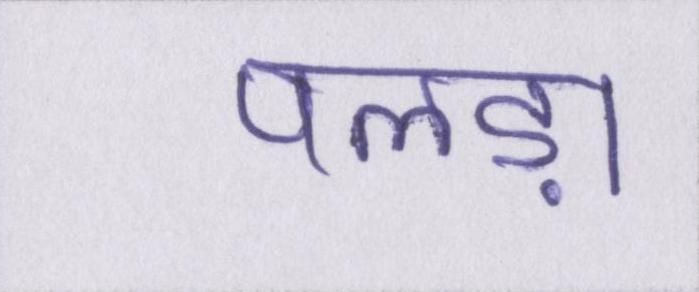
पलड़ा